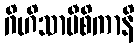
ဂိဟိသာမီစိကာနိ